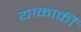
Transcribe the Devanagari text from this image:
याकार्की